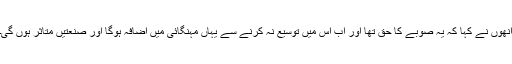
انھوں نے کہا کہ یہ صوبے کا حق تھا اور اب اس میں توسیع نہ کرنے سے یہاں مہنگائی میں اضافہ ہوگا اور صنعتیں متاثر ہوں گی۔